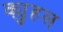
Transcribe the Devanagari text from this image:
क्युहल